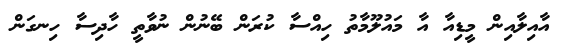
އާއިލާއިން މީޑިއާ އާ މައުލޫމާތު ހިއްސާ ކުރަން ބޭނުން ނުވާތީ ހާދިސާ ހިނގަން